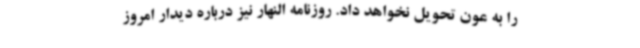
را به عون تحویل نخواهد داد. روزنامه النهار نیز درباره دیدار امروز